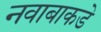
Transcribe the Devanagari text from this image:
नवाबाकडे